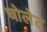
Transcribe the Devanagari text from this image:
चोलेट